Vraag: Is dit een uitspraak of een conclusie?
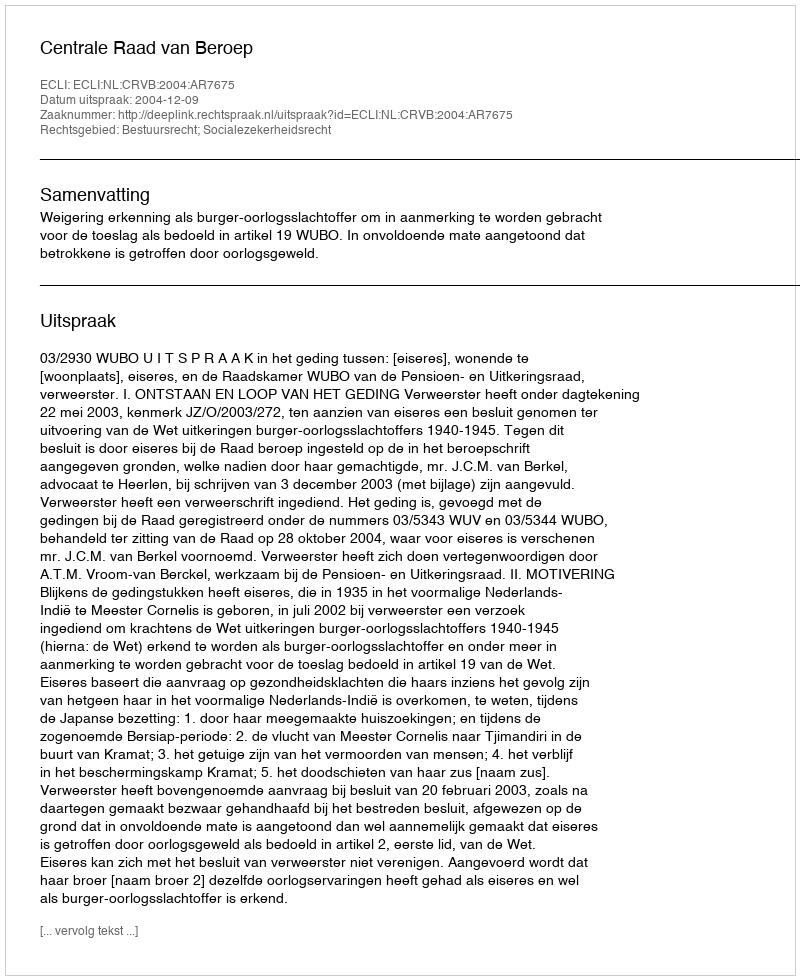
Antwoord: Uitspraak